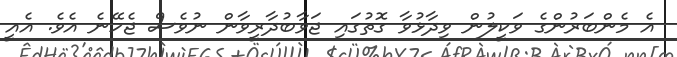
އެ މެންބަރުންގެ ވަކީލުން ވިދާޅުވާ ގޮތުގައި ޖަވާބުދާރީވާން ނުވެސް ޖެހޭނެ އެވެ. އެއީ